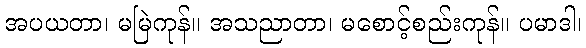
အပယတာ၊ မမြဲကုန်။ အသညာတာ၊ မစောင့်စည်းကုန်။ ပမာဒါ၊